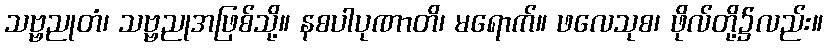
သဗ္ဗညုတံ၊ သဗ္ဗညုအဖြစ်သို့။ နစပါပုဏာတိ၊ မရောက်။ ဖလေသုစ၊ ဖိုလ်တို့၌လည်း။